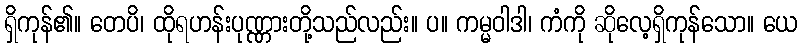
ရှိကုန်၏။ တေပိ၊ ထိုရဟန်းပုဏ္ဏားတို့သည်လည်း။ ပ။ ကမ္မဝါဒါ၊ ကံကို ဆိုလေ့ရှိကုန်သော။ ယေ